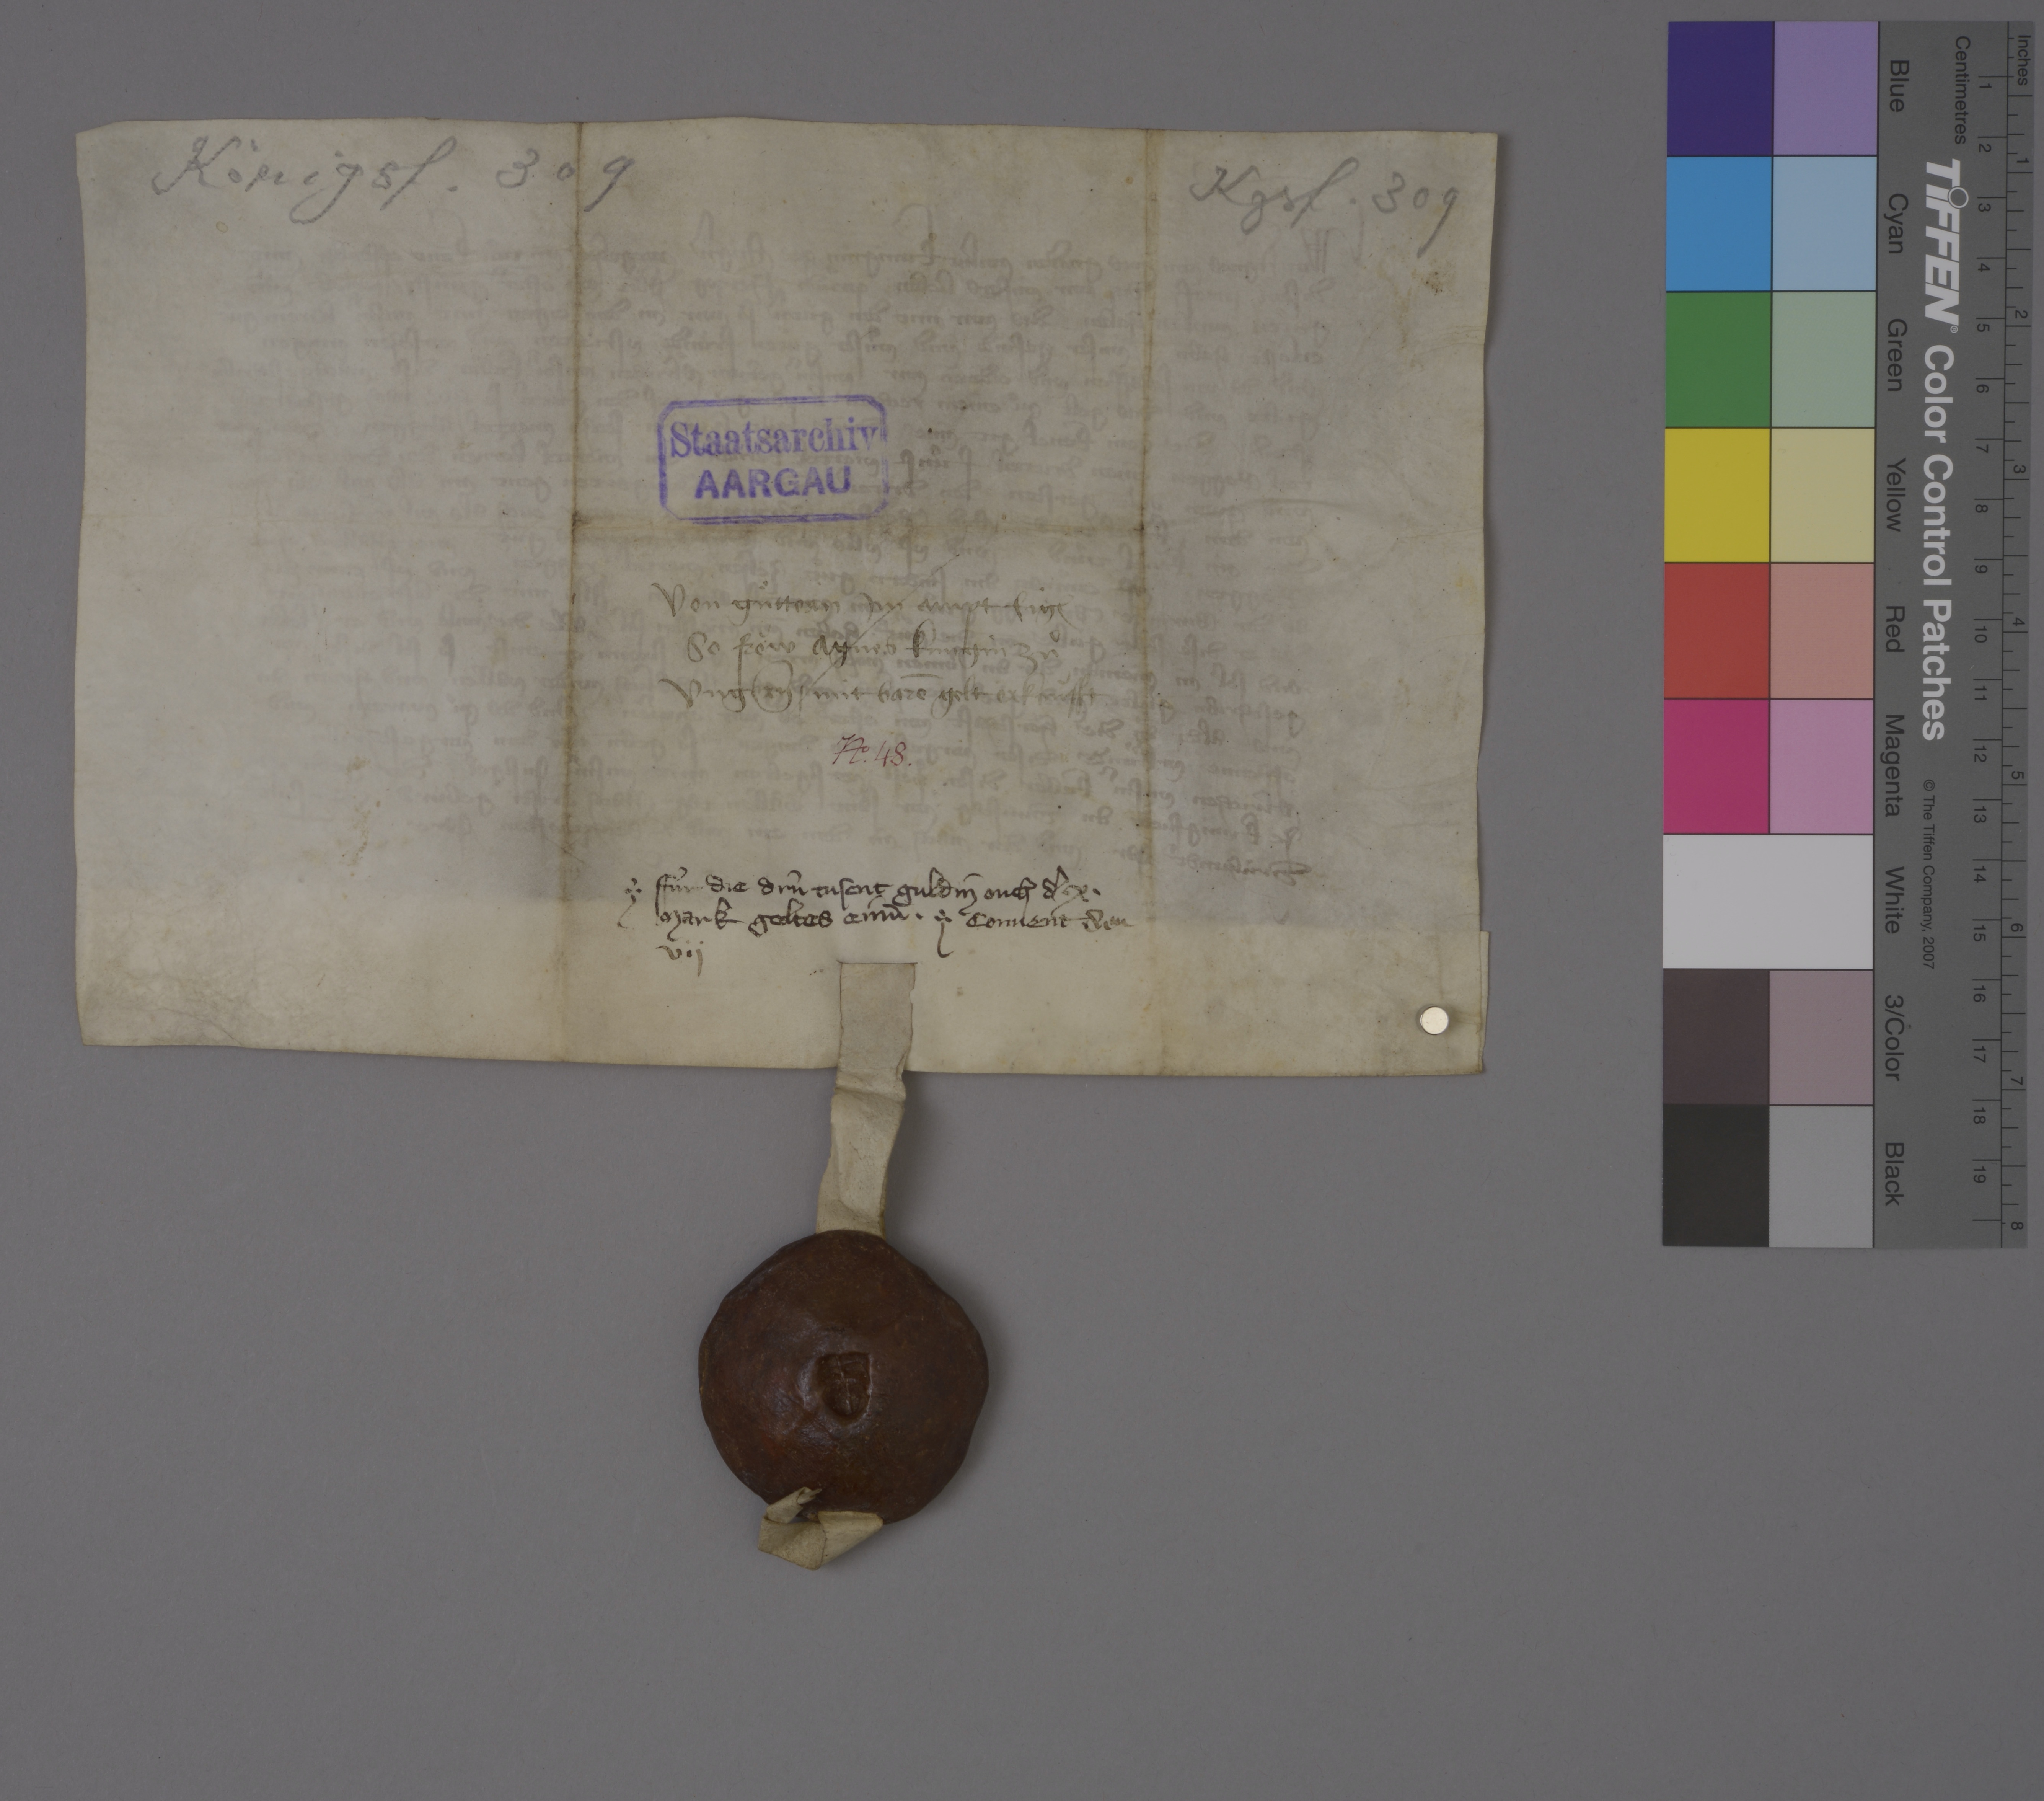
Transcription:
Königsf. 309

Kgsf. 309

Staatsarchiv
AARGAU

von guͤttern im ampt Eig₎
so fròw Agnes kùngin zuͦ
Ungern ✳ mit barē gelt erkoùfft

Nͦ✳ 48 ✳

✳ ffùr die drù tusent guldin ouch dˀ ✳ x ✳
mark geltes einū✳ ✳

convent den
vij